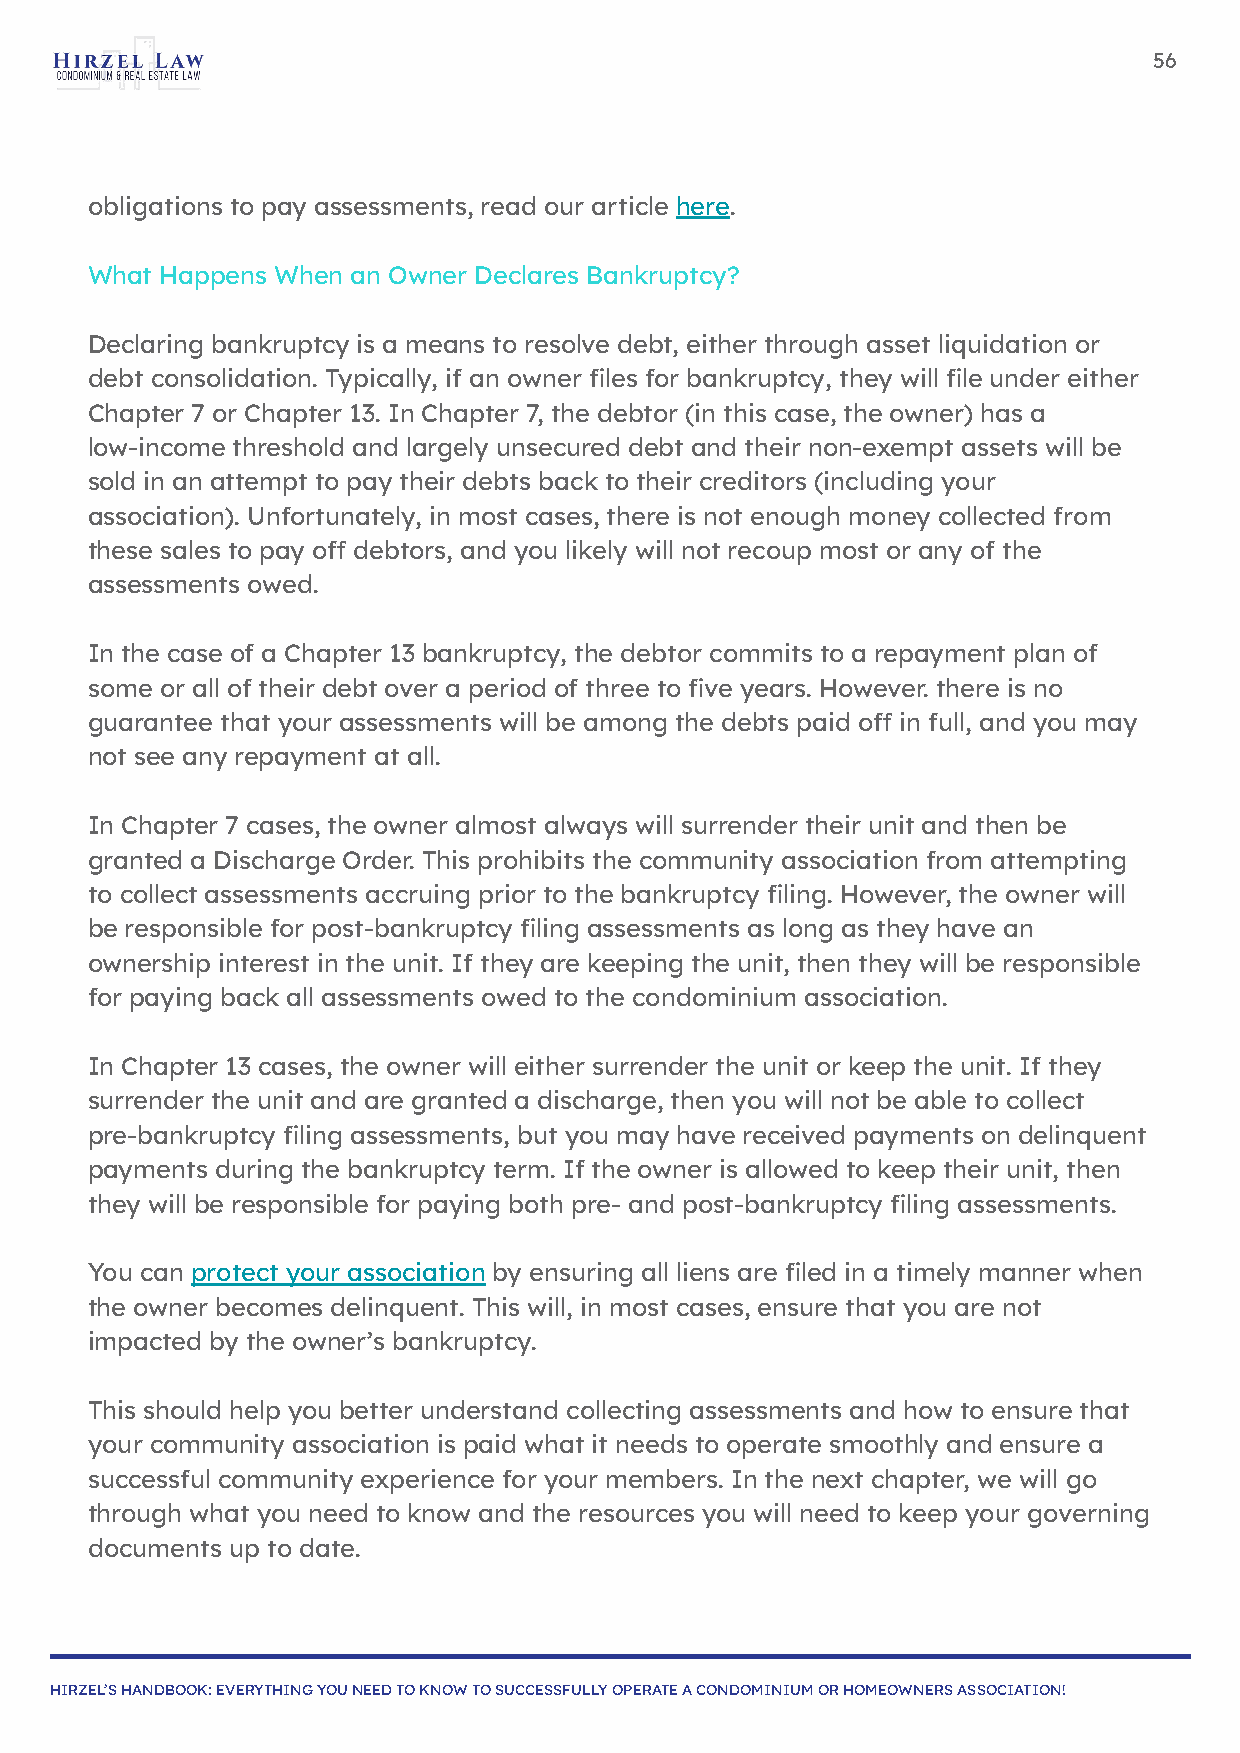
56
 obligations to pay assessments, read our article here.
 What Happens When an Owner Declares Bankruptcy?
 Declaring bankruptcy is a means to resolve debt, either through asset liquidation or
 debt consolidation. Typically, if an owner files for bankruptcy, they will file under either
 Chapter 7 or Chapter 13. In Chapter 7, the debtor (in this case, the owner) has a
 low-income threshold and largely unsecured debt and their non-exempt assets will be
 sold in an attempt to pay their debts back to their creditors (including your
 association). Unfortunately, in most cases, there is not enough money collected from
 these sales to pay off debtors, and you likely will not recoup most or any of the
 assessments owed.
 In the case of a Chapter 13 bankruptcy, the debtor commits to a repayment plan of
 some or all of their debt over a period of three to five years. However. there is no
 guarantee that your assessments will be among the debts paid off in full, and you may
 not see any repayment at all.
 In Chapter 7 cases, the owner almost always will surrender their unit and then be
 granted a Discharge Order. This prohibits the community association from attempting
 to collect assessments accruing prior to the bankruptcy filing. However, the owner will
 be responsible for post-bankruptcy filing assessments as long as they have an
 ownership interest in the unit. If they are keeping the unit, then they will be responsible
 for paying back all assessments owed to the condominium association.
 In Chapter 13 cases, the owner will either surrender the unit or keep the unit. If they
 surrender the unit and are granted a discharge, then you will not be able to collect
 pre-bankruptcy filing assessments, but you may have received payments on delinquent
 payments during the bankruptcy term. If the owner is allowed to keep their unit, then
 they will be responsible for paying both pre- and post-bankruptcy filing assessments.
 You can protect your association by ensuring all liens are filed in a timely manner when
 the owner becomes delinquent. This will, in most cases, ensure that you are not
 impacted by the owner’s bankruptcy.
 This should help you better understand collecting assessments and how to ensure that
 your community association is paid what it needs to operate smoothly and ensure a
 successful community experience for your members. In the next chapter, we will go
 through what you need to know and the resources you will need to keep your governing
 documents up to date.
 HIRZEL’S HANDBOOK: EVERYTHING YOU NEED TO KNOW TO SUCCESSFULLY OPERATE A CONDOMINIUM OR HOMEOWNERS ASSOCIATION!